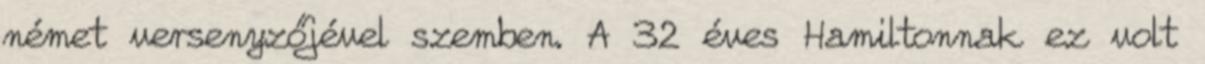
német versenyzőjével szemben. A 32 éves Hamiltonnak ez volt